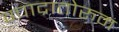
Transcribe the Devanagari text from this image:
क्वाद्रातोरुम